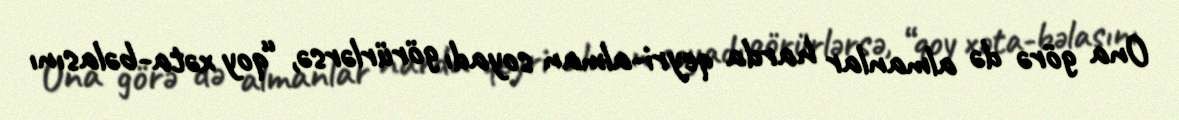
Ona görə də almanlar harda qeyri-alman soyadı görürlərsə, “qoy xəta-bəlasını